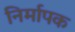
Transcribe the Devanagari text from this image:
निर्मापक